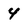
Character: 4